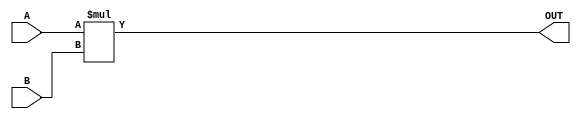
module parameterized_multiplier #(
    parameter WIDTH_A = 8,  // Width of input A
    parameter WIDTH_B = 8,  // Width of input B
    parameter WIDTH_OUT = WIDTH_A + WIDTH_B // Output width
)(
    input  wire signed [WIDTH_A-1:0] A,  // Input A
    input  wire signed [WIDTH_B-1:0] B,  // Input B
    output wire signed [WIDTH_OUT-1:0] OUT // Output result
);

// Behavioral multiplication
assign OUT = A * B;

endmodule